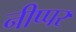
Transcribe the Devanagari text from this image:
नीप्पर